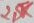
Text: 2,5K